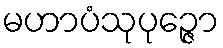
မဟာပံသုပုဉ္ဇော